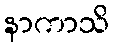
နာကာသိ